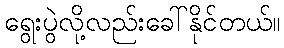
ရွေးပွဲလို့လည်းခေါ်နိုင်တယ်။